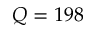
Q = 1 9 8